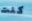
كنت